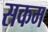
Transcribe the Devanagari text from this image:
सकम